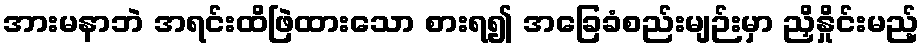
အားမနာဘဲ အရင်းထိဖြဲထားသော စားရ၍ အခြေခံစည်းမျဉ်းမှာ ညှိနှိုင်းမည့်